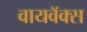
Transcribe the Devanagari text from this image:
वायवॅक्स